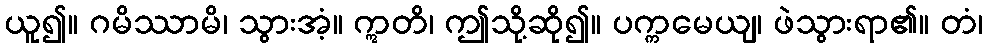
ယူ၍။ ဂမိဿာမိ၊ သွားအံ့။ ဣတိ၊ ဤသို့ဆို၍။ ပက္ကမေယျ၊ ဖဲသွားရာ၏။ တံ၊